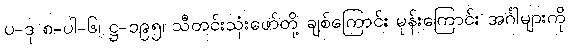
ပ-ဒု ၈-ပါ-၆၊ ဋ္ဌ-၁၉၅၊ သီတင်းသုံးဖော်တို့ ချစ်ကြောင်း မုန်းကြောင်း အင်္ဂါများကို